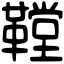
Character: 鞺